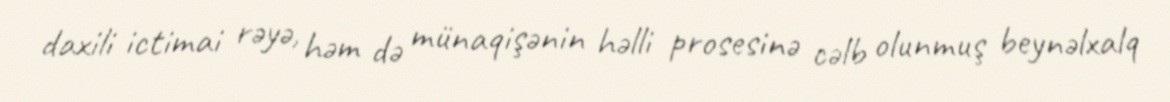
daxili ictimai rəyə, həm də münaqişənin həlli prosesinə cəlb olunmuş beynəlxalq